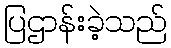
ပြဌာန်းခဲ့သည်